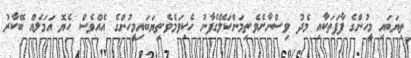
ތިޔަބައި މީހުންގެ ފާފަތަކާއި މެދު ވިސްނާށެވެ.ތިމަންކަލޭގެފާނު ހެކިވަމެވެ.ތިޔަބައިމީހުންގެ އެއްވެސް ހެޔޮ އަމަލެެއް ބޭކާރު